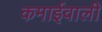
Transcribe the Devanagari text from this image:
कमाईवाली